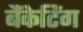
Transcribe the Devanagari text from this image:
बैंकेटिंग